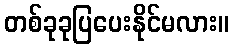
တစ်ခုခုပြပေးနိုင်မလား။